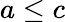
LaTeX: a\leq c